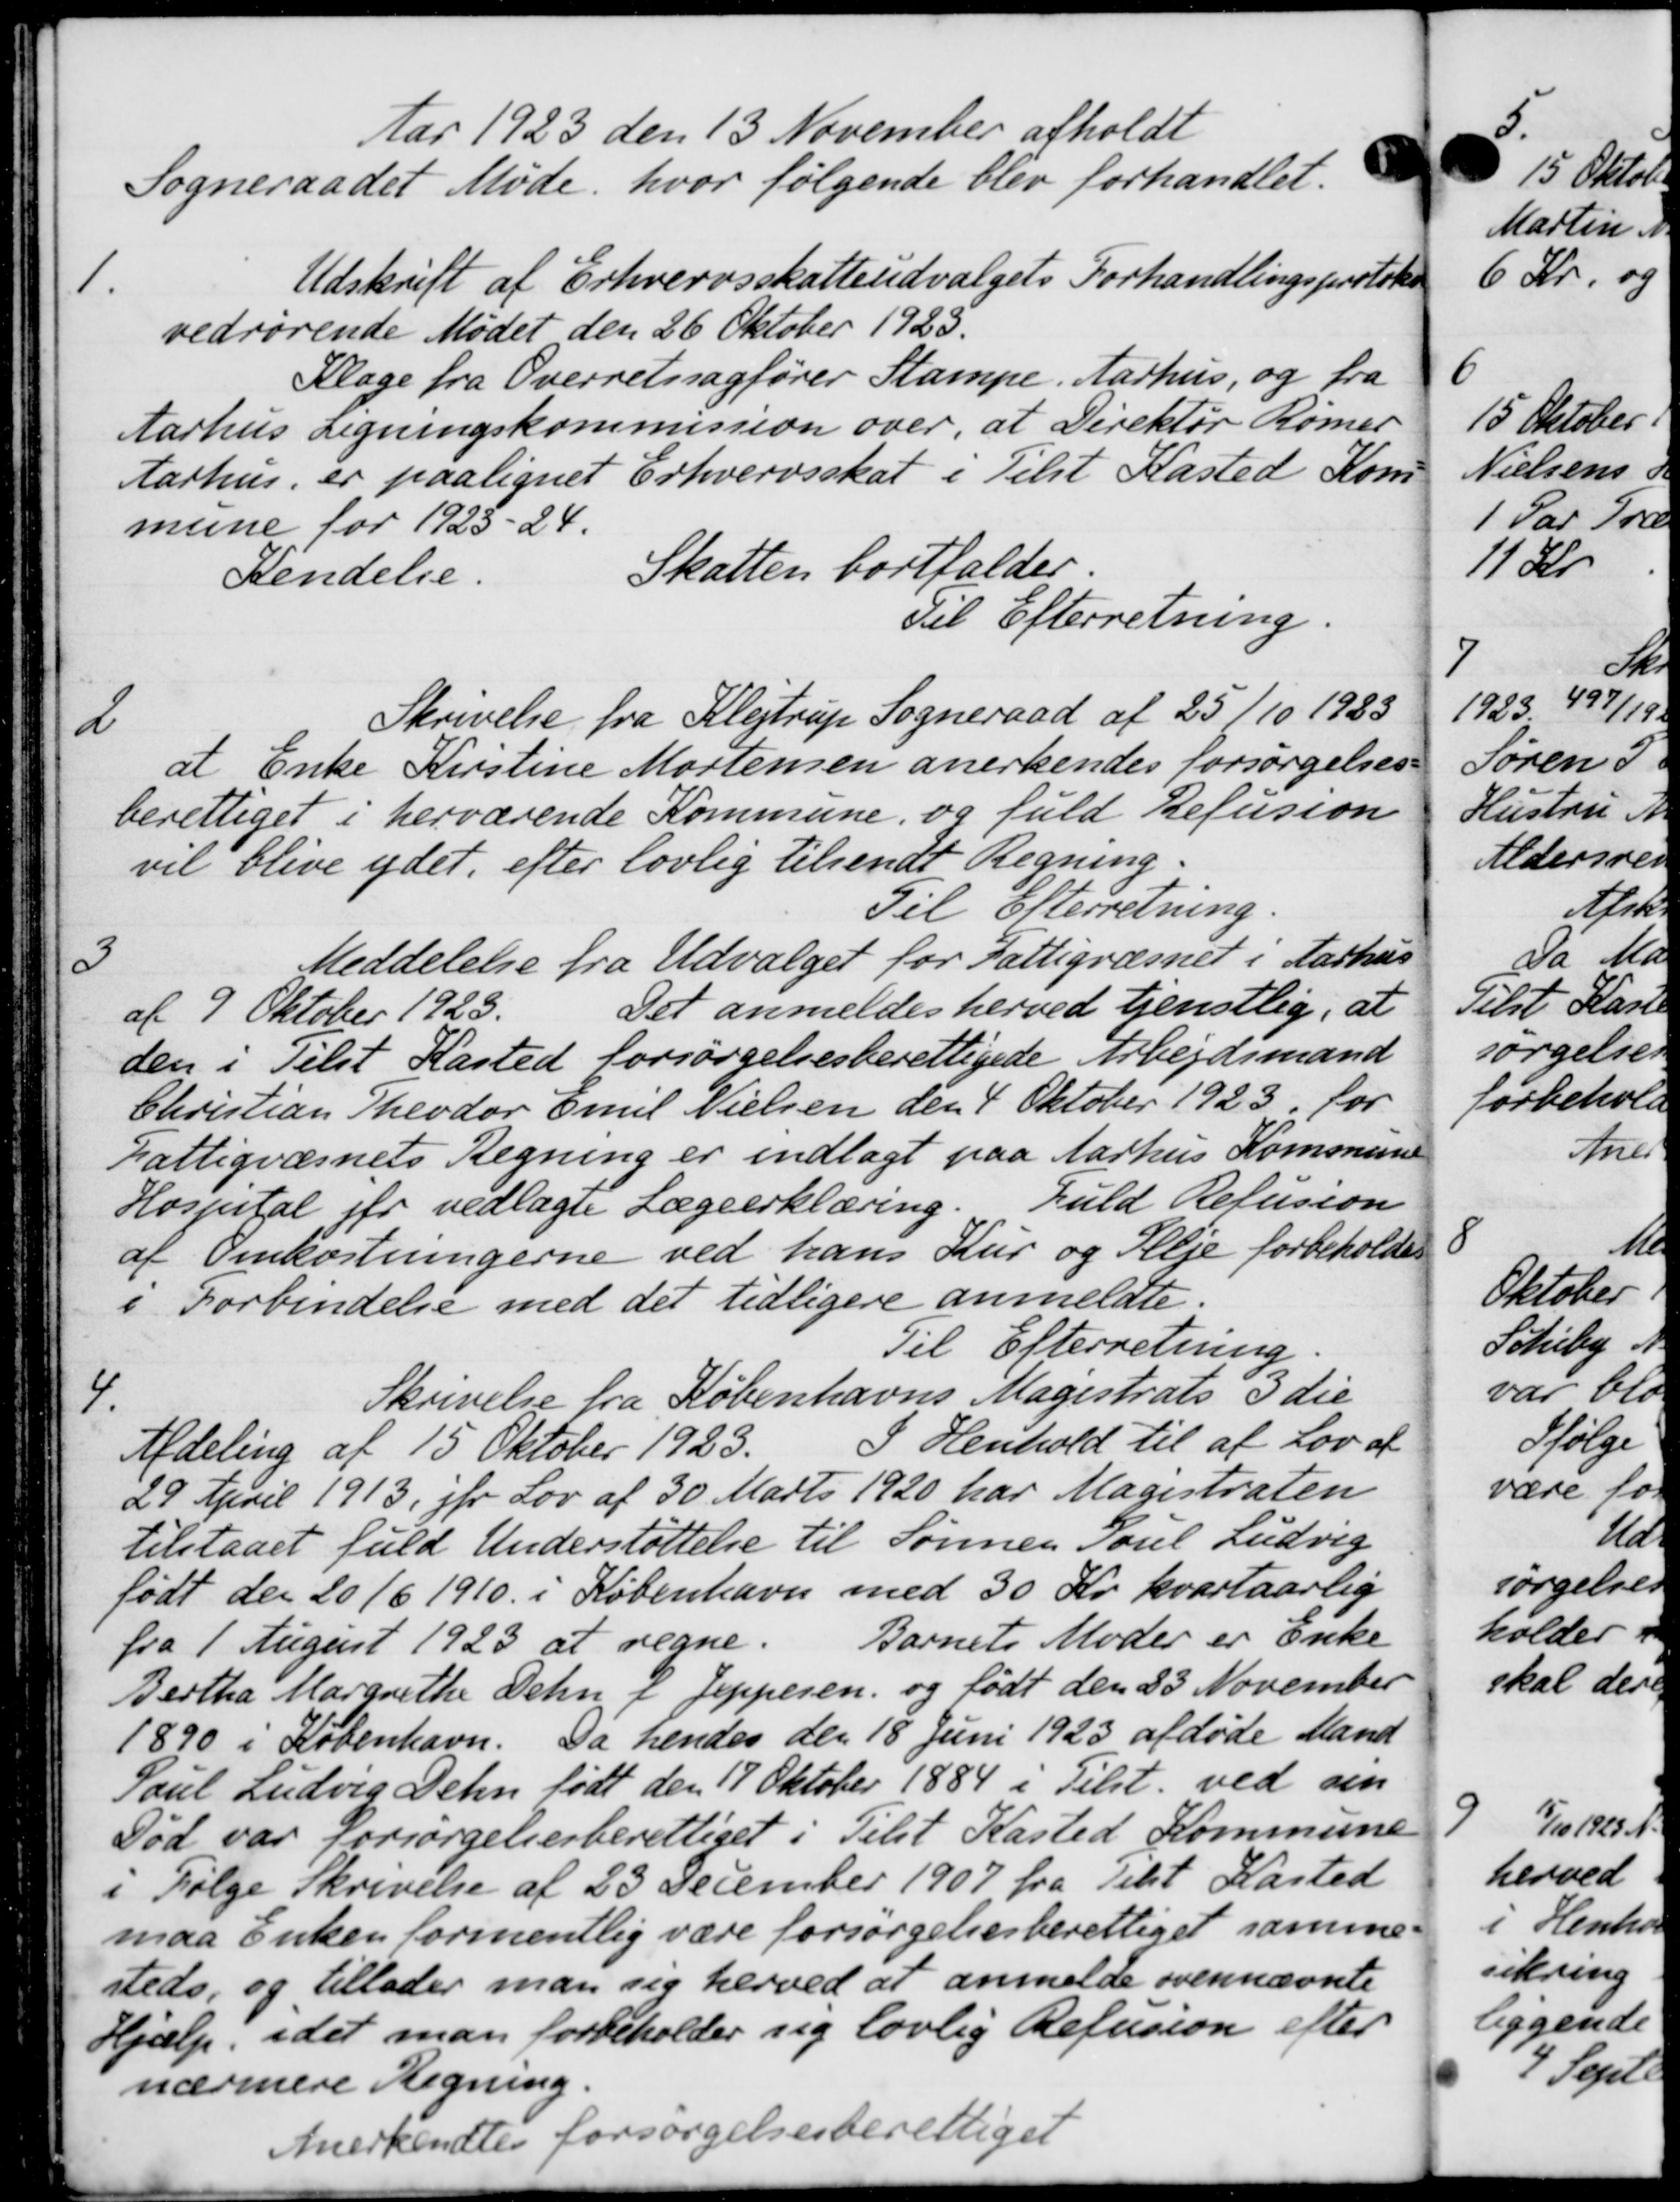
Transskription:
Aar 1923 den 13 November afholdt
Sogneraadet Møde, hvor følgende blev forhandlet.
1.
Udskrift af Erhvervsskatteudvalgets Forhandlingsprotoko
vedrørende Mødet den 26 Oktober 1925.
Klage fra Overretssagfører Stampe, Aarhus, og fra
Aarhus Ligningskommission over, at Direktør Rømer
Aarhus, er paalignet Erhvervsskat i Tilst Kasted Kom
mune for 1923-24.
Kendelse.
Skatten bortfalder.
Til Efterretning.
2
Skrivelse fra Klejtrup Sogneraad af 25/10 1923
at Enke Kirstine Mortensen anerkendes forsørgelses-
berettiget i herværende Kommune, og fuld Refusion
vil blive ydet, efter lovlig tilsendt Regning.
Til Efterretning.
3
Meddelelse fra Udvalget for Fattigvæsnet i Aarhus
af 9 Oktober 1923.
Det anmeldes herved tjenstlig, at
den i Tilst Kasted forsørgelsesberettigede Arbejdsmand
Christian Theodor Emil Nielsen den 4 Oktober 1923 for
Fattigvæsnets Regning er indlagt paa Aarhus Kommune
Hospital for vedlagte Lægeerklæring. Fuld Refusion
af Omkostningerne ved hans Kur og Pleje forbeholdes
i Forbindelse med det tidligere anmeldte.
Til Efterretning

Skrivelse fra Københavns Magistrats 3 die
Afdeling af 15 Oktober 1923.
I Henhold til af Lov af
29 April 1913 jfr Lov af 30 Marts 1920 har Magistraten
tilstaaet fuld Understøttelse til Sønnen Poul Ludvig
født den 20/6 1910 i København med 30 Kr. kvartaarlig
fra 1 August 1923 at regne.
Barnets Moder er enke
Bertha Margrethe Dehn & Jeppesen, og født den 23 November
1890 i København. Da hendes den 18 Juni 1923 afdøde Mand
Paul Ludvig Delen født den 17 Oktober 1884 i Tilst. ved den
Død var forsørgelsesberettiget i Tilst Kasted Kommune
i Følge Skrivelse af 23 December 1907 fra Tilst Kasted
maa Enken formentlig være forsørgelsesberettiget samme-
steds, og tillader man sig herved at anmelde ovennævnte
Hjælp, idet man forbeholder sig lovlig Refusion efter
nærmere Regning.
Anerkendtes forsørgelsesberettiget